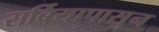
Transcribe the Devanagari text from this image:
सर्बियापासुन